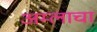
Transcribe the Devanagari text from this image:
अम्‍लाचा